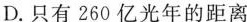
D.只有250亿光年的距离